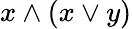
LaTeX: x\wedge(x\vee y)